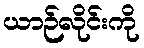
ယာဉ်လိုင်းကို